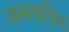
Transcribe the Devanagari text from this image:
जनतात्रिक